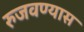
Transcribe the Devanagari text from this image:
रुजवण्यास